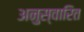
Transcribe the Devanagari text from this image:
अनुस्वारित